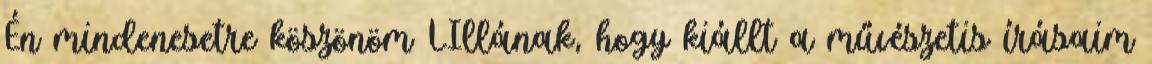
Én mindenesetre köszönöm LIllának, hogy kiállt a művészetis írásaim